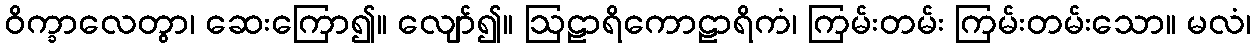
ဝိက္ခာလေတွာ၊ ဆေးကြော၍။ လျော်၍။ ဩဠာရိကောဠာရိကံ၊ ကြမ်းတမ်း ကြမ်းတမ်းသော။ မလံ၊